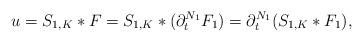
LaTeX: \begin{align*}u=S_{1,K}*F=S_{1,K}*(\partial_t^{N_1}F_1)=\partial_t^{N_1}(S_{1,K}*F_1),\end{align*}